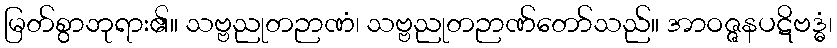
မြတ်စွာဘုရား၏။ သဗ္ဗညုတဉာဏံ၊ သဗ္ဗညုတဉာဏ်တော်သည်။ အာဝဇ္ဇနပဋိဗဒ္ဓံ၊